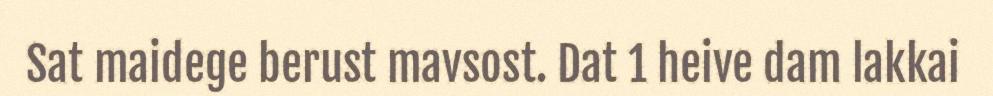
Sat maidege berust mavsost. Dat 1 heive dam lakkai